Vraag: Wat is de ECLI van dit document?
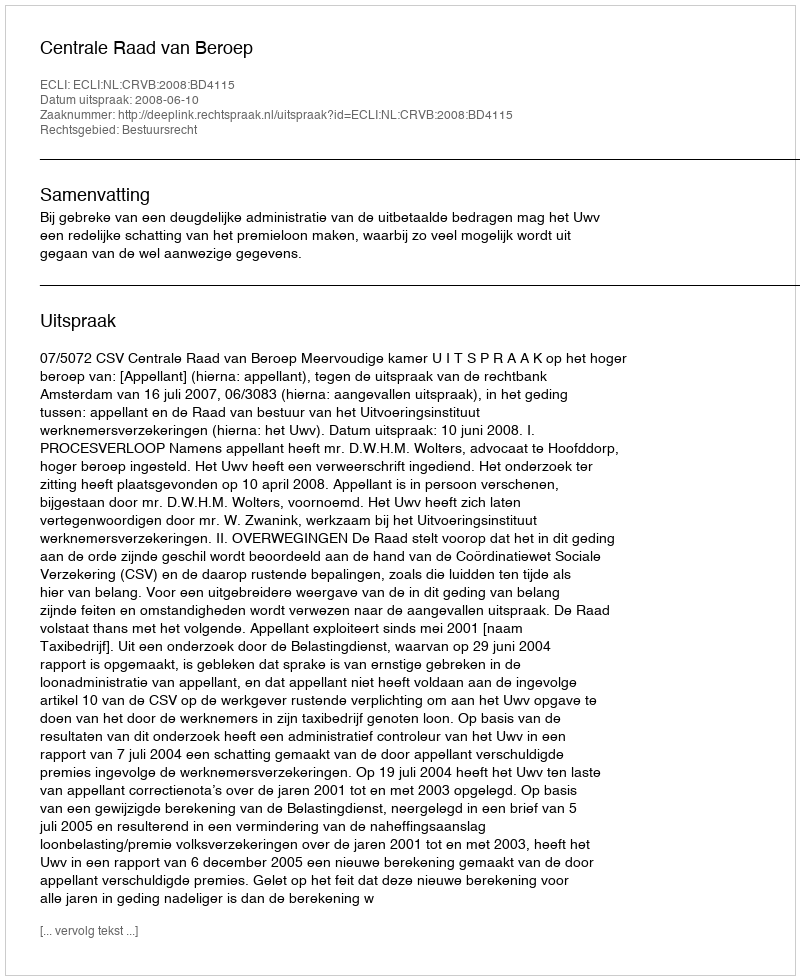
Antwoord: ECLI:NL:CRVB:2008:BD4115